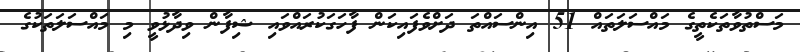
މަސްތުވާތަކެތީގެ މައްސަލަތައް 51 އިންސައްތަ ދަށްވެފައިކަން ފާހަގަކުރައްވައި ޝިފާން ވިދާޅުވީ މި މައްސަލަތަކުގެ